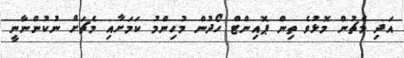
އަދި މެޗުން މޮޅުވެ ތިން ޕޮއިންޓް ހޯދުން މުހިންމު ކަމަށާއި މެޗަށް ނުކުންނާނީ